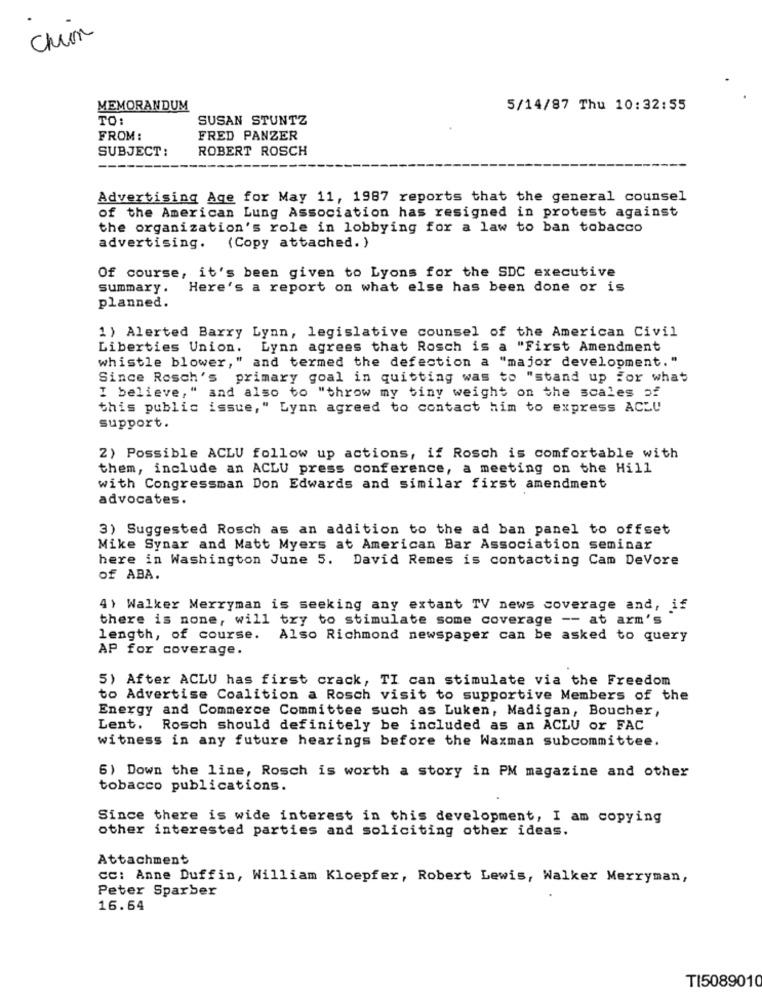
Chuan
MEMORANDUM
5/14/87 Thu 10:32:55
TO:
SUSAN STUNTZ
FROM:
FRED PANZER
SUBJECT:
ROBERT ROSCH
Advertising Age for May 11, 1987 reports that the general counsel
of the American Lung Association has resigned in protest against
the organization's role in lobbying for a law to ban tobacco
advertising. (Copy attached. )
Of course, it's been given to Lyons for the SDC executive
summary.
Here's a report on what else has been done or is
planned.
1) Alerted Barry Lynn, legislative counsel of the American Civil
Liberties Union. Lynn agrees that Rosch is a "First Amendment
whistle blower," and termed the defection a "major development."
Since Rosch's primary goal in quitting was to "stand up for what
I believe," and also to "throw my tiny weight on the scales of
this public issue," Lynn agreed to contact him to express ACLU
support.
2) Possible ACLU follow up actions, if Rosch is comfortable with
them, include an ACLU press conference, a meeting on the Hill
with Congressman Don Edwards and similar first amendment
advocates.
3) Suggested Rosch as an addition to the ad ban panel to offset
Mike Synar and Matt Myers at American Bar Association seminar
here in Washington June 5. David Remes is contacting Cam DeVore
of ABA.
4) Walker Merryman is seeking any extant TV news coverage and, if
there is none, will try to stimulate some coverage -- at arm's
length, of course.
Also Richmond newspaper can be asked to query
AP for coverage.
5) After ACLU has first crack, TI can stimulate via the Freedom
to Advertise Coalition a Rosch visit to supportive Members of the
Energy and Commerce Committee such as Luken, Madigan, Boucher,
Lent.
Rosch should definitely be included as an ACLU or FAC
witness in any future hearings before the Waxman subcommittee.
6) Down the line, Rosch is worth a story in PM magazine and other
tobacco publications.
Since there is wide interest in this development, I am copying
other interested parties and soliciting other ideas.
Attachment
Cc: Anne Duffin, William Kloepfer, Robert Lewis, Walker Merryman,
Peter Sparber
16.64
TI5089010